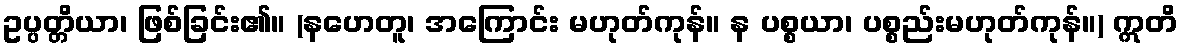
ဥပ္ပတ္တိယာ၊ ဖြစ်ခြင်း၏။ (နဟေတူ၊ အကြောင်း မဟုတ်ကုန်။ န ပစ္စယာ၊ ပစ္စည်းမဟုတ်ကုန်။) ဣတိ